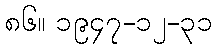
၈၆။ ၁၉၄၇-၁၂-၃၁